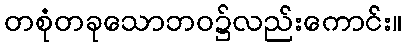
တစုံတခုသောဘဝ၌လည်းကောင်း။